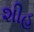
શીહ